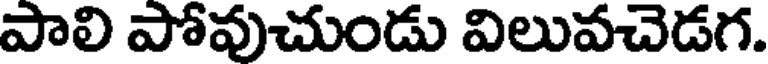
పాలి పోవుచుండు విలువచెడగ.